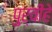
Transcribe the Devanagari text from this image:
पुर्वीहे